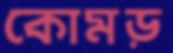
কোমড়